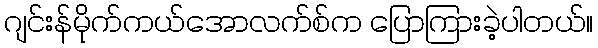
ဂျင်းန်မိုက်ကယ်အောလက်စ်က ပြောကြားခဲ့ပါတယ်။